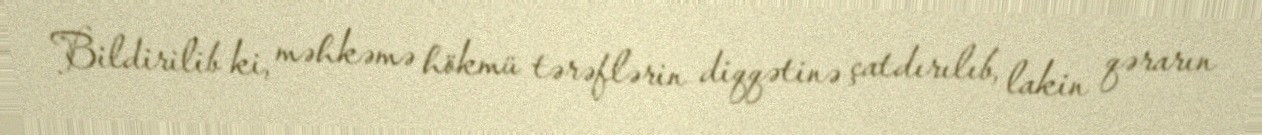
Bildirilib ki, məhkəmə hökmü tərəflərin diqqətinə çatdırılıb, lakin qərarın